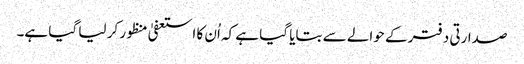
صدارتی دفتر کے حوالے سے بتایا گیا ہے کہ اُن کا استعفیٰ منظور کر لیا گیا ہے۔